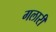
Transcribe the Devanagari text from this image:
गलारी